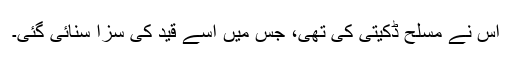
اس نے مسلح ڈکیتی کی تھی، جس میں اسے قید کی سزا سنائی گئی۔